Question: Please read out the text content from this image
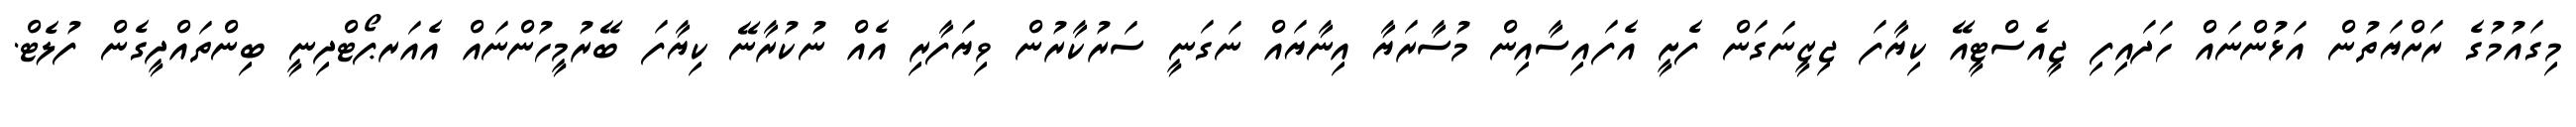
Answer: މިގައުމުގެ ރަށްޔަތުން އަޅުންނައް ހަދައިފި ޖީއެސްޓީއޭ ކިޔާފަ ޖިޒީނަގަން ފެށީ އެފައިސާއިން މުސާރަޔާ އިނާޔައް ނަގަނީ ސަރުކާރުން ވިޔަފާރި އެއް ނުކުރާނޭ ކިޔާފަ ބޭރުމީހުންނައް އެއަރޕޯޓްދިނީ ބިންތައްދީގެން ފުލެޓް.